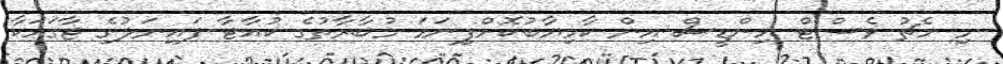
މި މެޗު ވެސްޓް އިންޑީސް އިން ކާމިޔާބުކޮށްފިނަމަ މުބާރާތުގެ ކުއާޓާ ފައިނަލުގެ ޖާގައަކާ